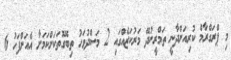
މި ޕްރަގްރާމް ކުރިއަށްދާނީ ތަމްރީނުދޭ މަރުކަޒެއްގައި 2 މަސްދުވަހު ތިބޭގޮތަކަށްކަމަށާ އެއަށްފަހު 6